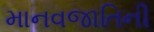
માનવજાતિની